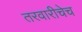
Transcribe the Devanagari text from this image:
तरवारीचेच